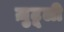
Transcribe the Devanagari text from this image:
ज़ुटूली